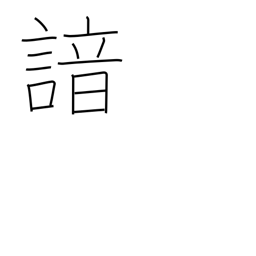
Meaning: recite from memory